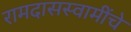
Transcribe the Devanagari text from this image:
रामदासस्वामींचे